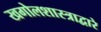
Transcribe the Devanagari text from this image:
खगोलशास्त्राद्वारे